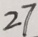
2 7